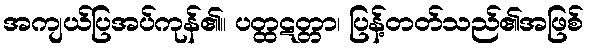
အကျယ်ပြအပ်ကုန်၏။ ပတ္ထဋတ္တာ၊ ပြန့်တတ်သည်၏အဖြစ်